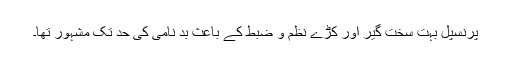
پرنسپل بہت سخت گیر اور کڑے نظم و ضبط کے باعث بد نامی کی حد تک مشہور تھا۔